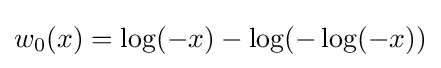
w_{0}(x)=\log(-x)-\log(-\log(-x))